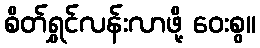
စိတ်ရွှင်လန်းလာဖို့ ဝေးစွ။